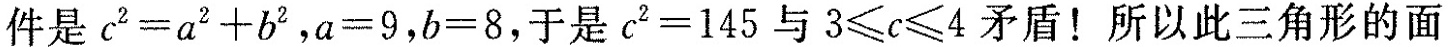
件是$$c ^ { 2 } = a ^ { 2 } + b ^ { 2 }$$，$$a = 9$$，$$b = 8$$，于是$$c ^ { 2 } = 1 4 5$$与$$3 ≤ c ≤ 4$$矛盾！所以此三角形的面